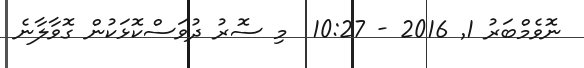
ނޮވެމްބަރު 1